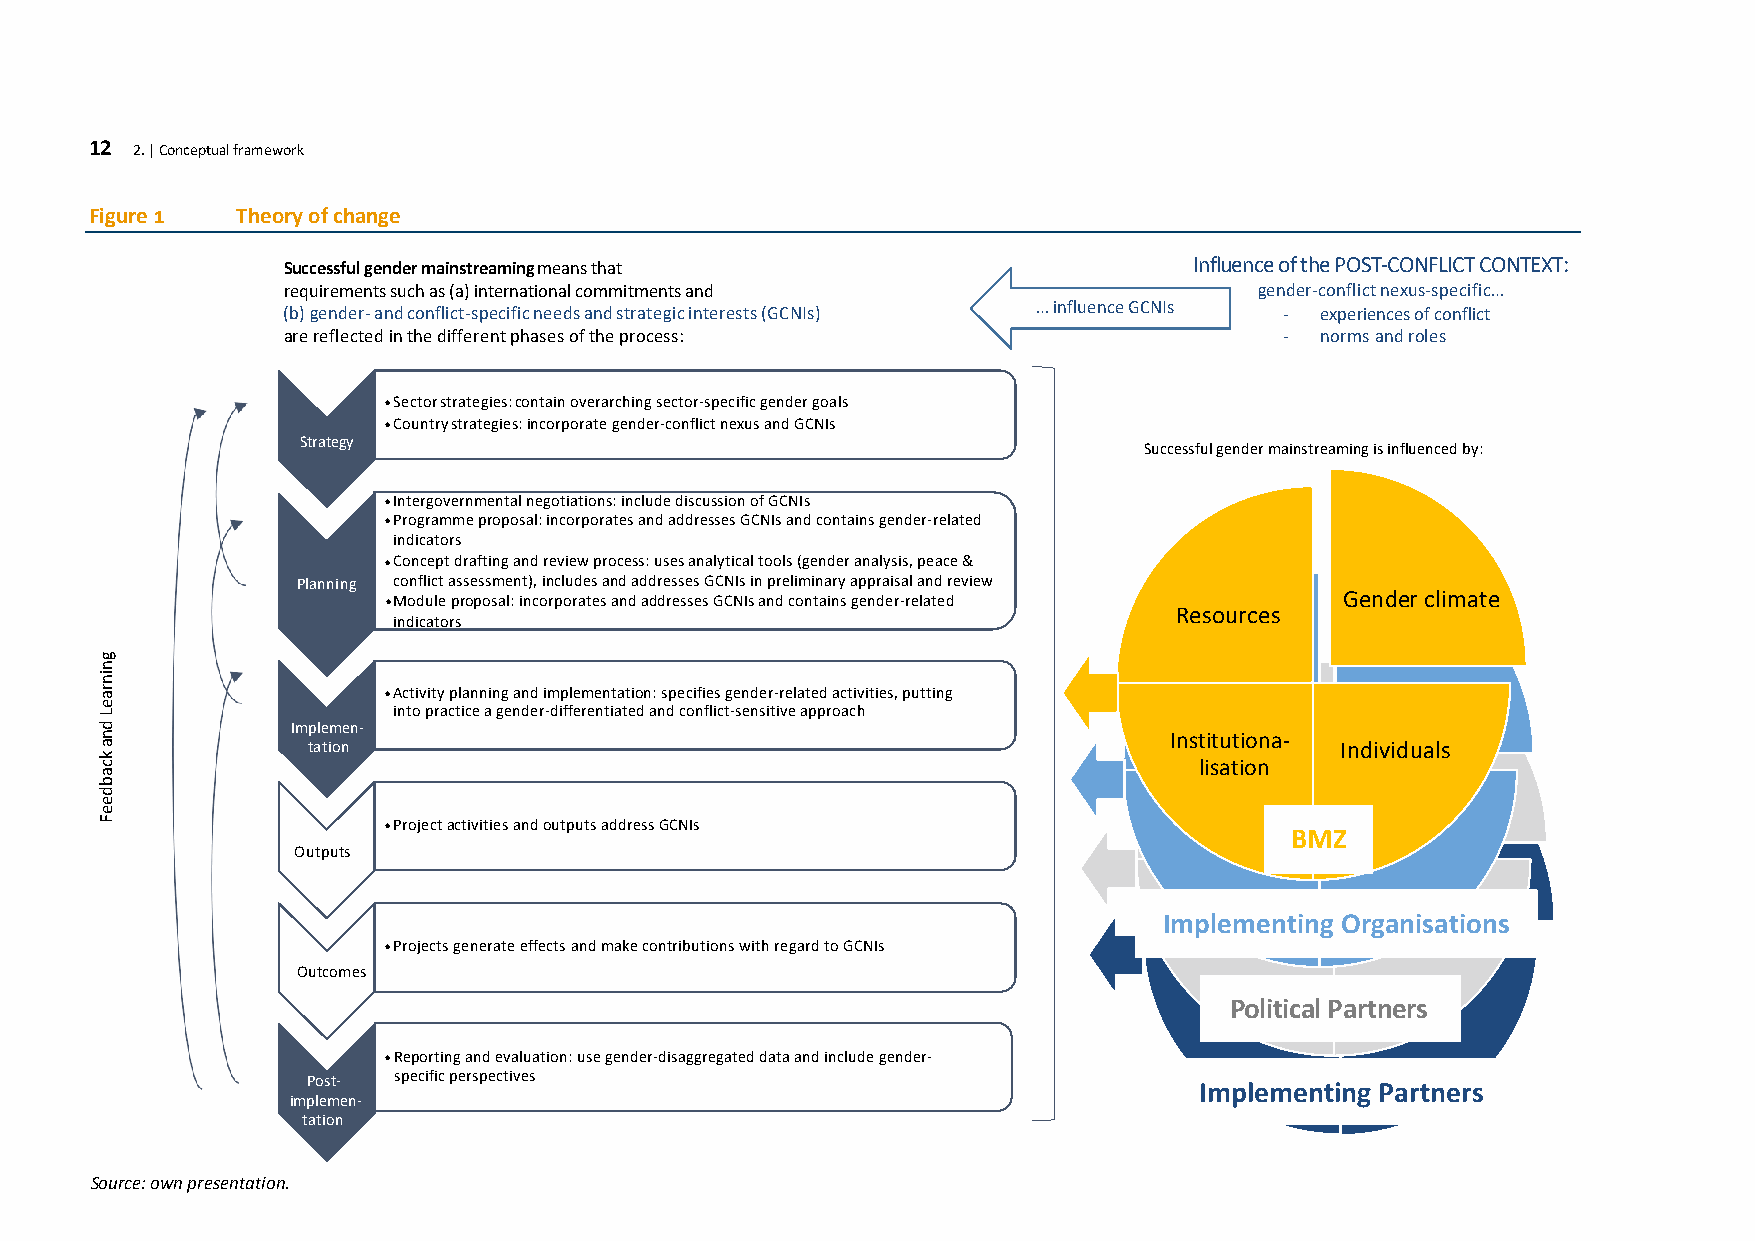
12 2. | Conceptual framework
 Figure 1  Theory of change
 Successful gender mainstreaming means that                  Influence of the POST-CONFLICT CONTEXT:
 requirements such as (a) international commitments and          gender-conflict nexus-specific…
 (b)gender- and conflict-specific needs and strategic interests (GCNIs) … influence GCNIs - experiences of conflict
 are reflected in the different phases of the process:             -  norms and roles
 •Sector strategies: contain overarching sector-specific gender goals
 •Country strategies: incorporate gender-conflict nexus and GCNIs
 Strategy
 Successful gender mainstreaming is influenced by:
 •Intergovernmental negotiations: include discussion of GCNIs
 •Programme proposal: incorporates and addresses GCNIs and contains gender-related
 indicators
 •Concept drafting and review process: uses analytical tools (gender analysis, peace &
 Planning conflict assessment), includes and addresses GCNIs in preliminary appraisal and review
 •Module proposal: incorporates and addresses GCNIs and contains gender-related Gender climate
 Resources
 indicators
 •Activity planning and implementation: specifies gender-related activities, putting
 into practice a gender-differentiated and conflict-sensitive approach
 Implemen-
 Institutiona-
 tation                                                              Individuals
 lisation
 •Project activities and outputs address GCNIs
 BMZ
 Outputs
 IImmplementing Organisations
 •Projects generate effects and make contributions with regard to GCNIs
 Outcomes
 Political Partners
 •Reporting and evaluation: use gender-disaggregated data and include gender-
 Post- specific perspectives                                Implementing Partners
 implemen-
 tation
 Source: own presentation.
 gninraeL
 dna
 kcabdeeF